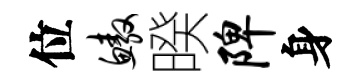
位鳌暌陴身